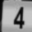
Digit: 4